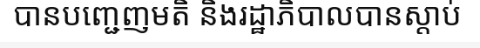
បានបញ្ជេញមតិ និងរដ្ឋាភិបាលបានស្តាប់